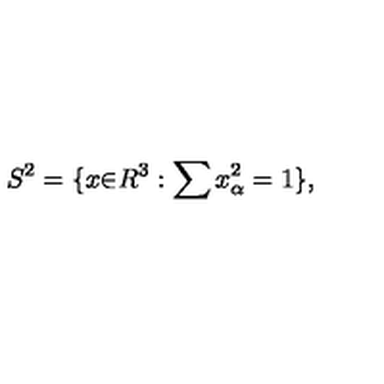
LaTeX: S ^ { 2 } = \{ x { \in } R ^ { 3 } : \sum x _ { \alpha } ^ { 2 } = 1 \} ,